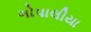
ગોપાલીયા